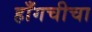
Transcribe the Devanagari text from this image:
हाँगचीचा